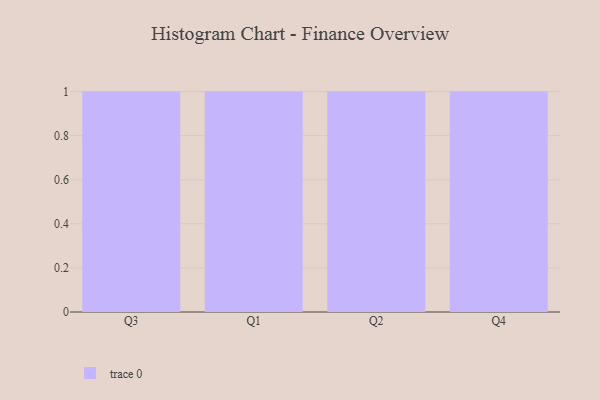
{"axis": {"x": "Quarter", "y": "Demand Index"}, "legend": [""], "data": [{"x": "Q3", "y": 41, "type": ""}, {"x": "Q1", "y": 98, "type": ""}, {"x": "Q2", "y": 62, "type": ""}, {"x": "Q4", "y": 89, "type": ""}]}